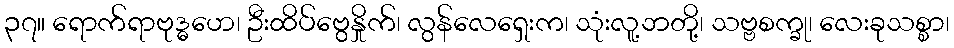
၃၇။ ရောက်ရာဗုဒ္ဓဟေ၊ ဦးထိပ်ဗွေနှိုက်၊ လွန်လေရှေးက၊ သုံးလူ့ဘတို့၊ သဗ္ဗစက္ခု၊ လေးခုသစ္စာ၊